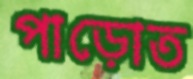
পাড়োত